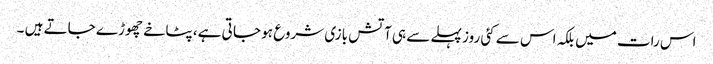
اس رات میں بلکہ اس سے کئی روز پہلے سے ہی آتش بازی شروع ہو جا تی ہے، پٹاخے چھوڑے جاتے ہیں ۔